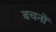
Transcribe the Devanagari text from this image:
बचनों